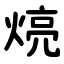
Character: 煷